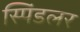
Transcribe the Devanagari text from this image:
स्पिंडलर